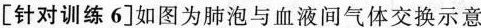
[针对训练6] 如图为肺泡与血液间气体交换示意